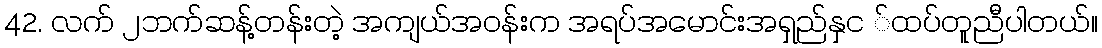
42. လက် ၂ဘက်ဆန့်တန်းတဲ့ အကျယ်အဝန်းက အရပ်အမောင်းအရှည်နှင ်ထပ်တူညီပါတယ်။